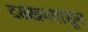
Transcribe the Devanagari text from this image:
दख्खनपासून